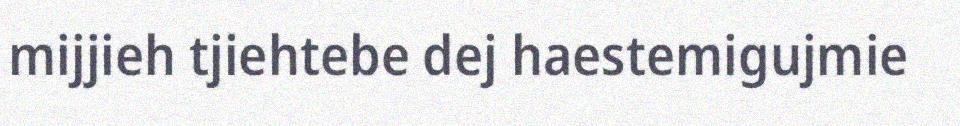
mijjieh tjiehtebe dej haestemigujmie